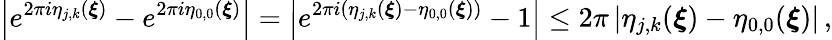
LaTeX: \left\vert e^{2\pi i\eta_{j,k}(\boldsymbol{\xi})}-e^{2\pi i\eta_{0,0}(\boldsymbol{\xi})}\right\vert=\left\vert e^{2\pi i(\eta_{j,k}(\boldsymbol{\xi})-\eta_{0,0}(\boldsymbol{\xi}))}-1\right\vert\leq 2\pi\left\vert\eta_{j,k}(\boldsymbol{\xi})-\eta_{0,0}(\boldsymbol{\xi})\right\vert\, ,